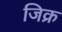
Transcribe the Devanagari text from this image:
जिक्र